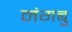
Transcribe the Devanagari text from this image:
नंगबु